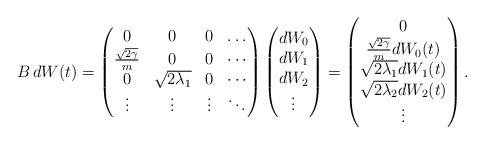
LaTeX: \begin{align*} B\, dW(t)=\begin{pmatrix} 0& 0&0 &\dots\\ \frac{\sqrt{2\gamma}}{m}&0&0&\cdots\\ 0&\sqrt{2\lambda_1}&0&\cdots\\ \vdots&\vdots&\vdots&\ddots \end{pmatrix}\begin{pmatrix} dW_0\\dW_1\\dW_2\\ \vdots \end{pmatrix}=\begin{pmatrix}0\\ \frac{\sqrt{2\gamma}}{m}dW_0(t) \\\sqrt{2\lambda_1}dW_1(t)\\ \sqrt{2\lambda_2}dW_2(t) \\ \vdots\end{pmatrix}.\end{align*}